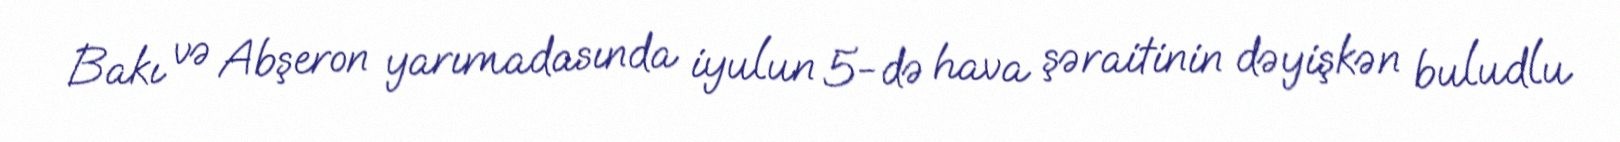
Bakı və Abşeron yarımadasında iyulun 5-də hava şəraitinin dəyişkən buludlu